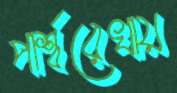
পার্শ্বরেখায়